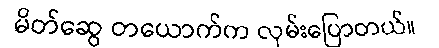
မိတ်ဆွေ တယောက်က လှမ်းပြောတယ်။